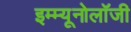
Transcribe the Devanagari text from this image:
इम्म्यूनोलॉजी